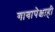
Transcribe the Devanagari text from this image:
गावापेक्षाही